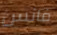
فانس